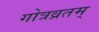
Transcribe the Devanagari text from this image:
गोत्रव्रतम्